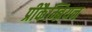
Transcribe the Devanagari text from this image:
प्रीकैम्ब्रियन